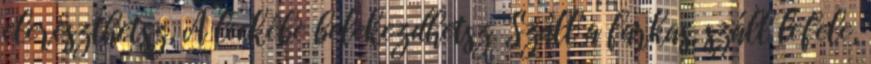
elereszthetsz, A leckébe belekezdhetsz. Száll a farkas, száll lefele,